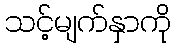
သင့်မျက်နှာကို